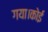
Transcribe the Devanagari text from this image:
गया।कोई